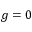
g = 0